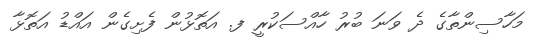
މަހާސިންތާގެ ދެ ވަނަ ބުރު ހާއްސަކުރީ ފ. އަތޮޅުން ފެށިގެން އައްޑު އަތޮޅާ